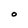
Character: O